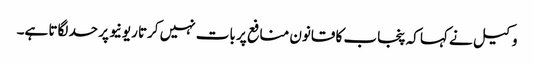
وکیل نے کہا کہ پنجاب کا قانون منافع پر بات نہیں کرتا ریونیو پر حد لگاتا ہے۔